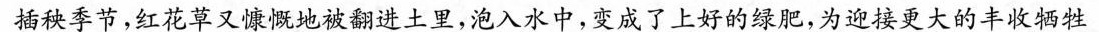
插秧季节，红花草又慷慨地被翻进土里，泡入水中，变成了上好的绿肥，为迎接更大的丰收牺牲